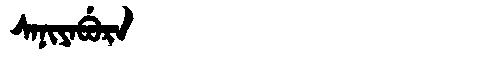
Manchu: ᠰᠠᠨᡳᠶᠠᠪᡠᡵᠠ
Romanization: SANIYABURA